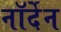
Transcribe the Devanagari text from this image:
नॉर्देन